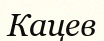
Кацев